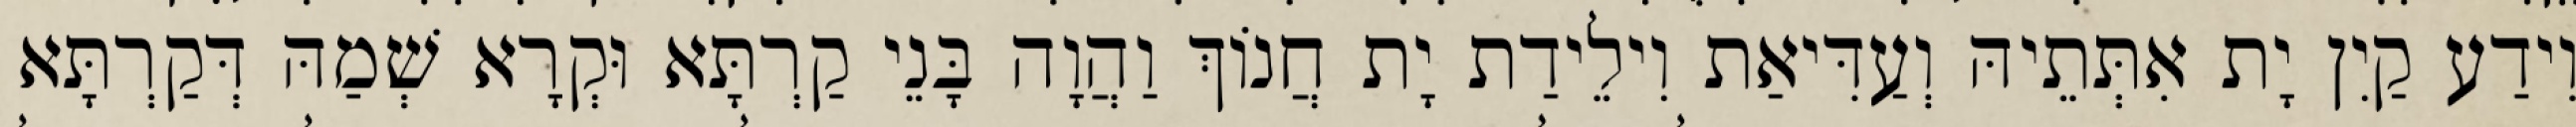
וִידַע קַיִן יָת אִתְּתֵיהּ וְעַדִּיאַת וִילֵידַת יָת חֲנוֹךְ וַהֲוָה בָּנֵי קַרְתָּא וּקְרָא שְׁמַהּ דְּקַרְתָּא